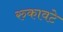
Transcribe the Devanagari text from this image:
रुकावटे